Report on the bubonic plague in Bombay, 1896-1897
Year: 1896
Disease focus: Plague
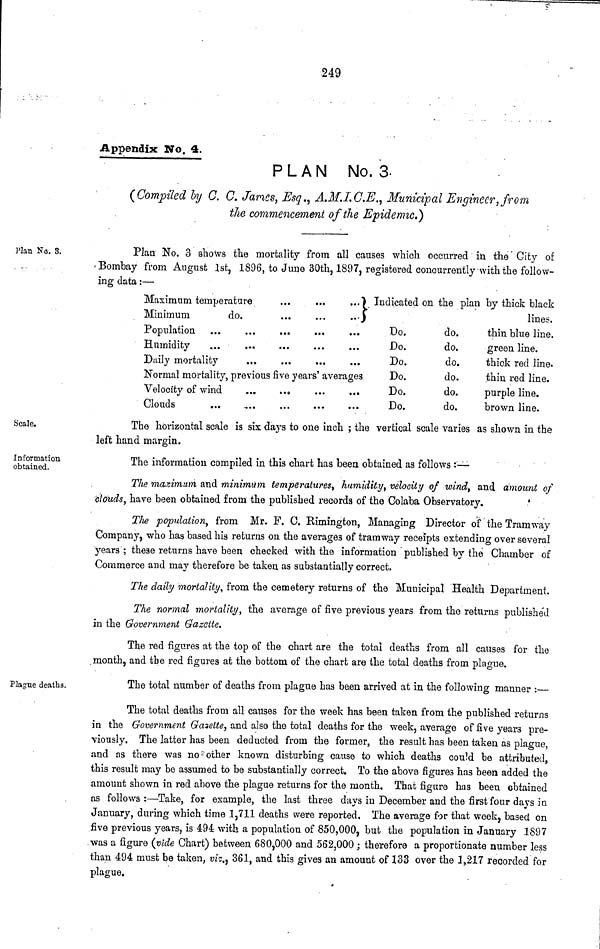
249
Appendix Wo. 4.
PLAN No. 3.
(Compiled by C. C. James, Esq., A.M.I. C.E., Municipal Engineer, from
the commencement of the Epidemic.)
Plan No. 8.
Plan No. 3 shows the mortality from all causes which occurred in the City of
Bomhay from August 1st, 1896, to June 30th, 1897, registered concurrently with the follow-
ing data :—
Maximum temperature
...
...
...
Minimum
do.
...
...
...
Population ... ... ... ... ...
Humidity ... ... ... ... ...
Normal mortality, previous five years' averages
Velocity of wind ... ... ... ...
Clouds ... ... ... ... ...
Indicated on the plan by thick black
lines.
Do.
Do.
Do.
Do.
Do.
Do.
do.
do.
do.
do.
do.
do.
thin blue line.
green line.
thick red line.
thin red line.
purple line.
brown line.
Scale.
The horizontal scale is six days to one inch ; the vertical scale varies as shown in the
left hand margin.
Information
obtained.
The information compiled in this chart has been obtained as follows :—
The maximum and minimum temperatures, humidity, velocity of wind, and amount of
clouds, have been obtained from the published records of the Colaba Observatory.
The population, from Mr. F. C. Rimington, Managing Director of the Tramway
Company, who has based his returns on the averages of tramway receipts extending over several
years; these returns have been checked with the information published by the Chamber of
Commerce and may therefore be taken as substantially correct.
The daily mortality, from the cemetery returns of the Municipal Health Department.
The normal mortality, the average of five previous years from the returns published
in the Government Gazette.
The red figures at the top of the chart are the total deaths from all causes for the
month, and the red figures at the bottom of the chart are the total deaths from plague.
Plague deaths.
The total number of deaths from plague has been arrived at in the following manner :—
The total deaths from all causes for the week has been taken from the published returns
in the Government Gazette, and also the total deaths for the week, average of five years pre-
viously. The latter has been deducted from the former, the result has been taken as plague,
and as there was no other known disturbing cause to which deaths could be attributed,
this result may be assumed to be substantially correct. To the above figures has been added the
amount shown in red above the plague returns for the month. That figure has been obtained
as follows :—Take, for example, the last three days in December and the first four days in
January, during which time 1,711 deaths were reported. The average for that week, based on
five previous years, is 494 with a population of 850,000, but the population in January 1897
was a figure (vide Chart) between 680,000 and 562,000 ; therefore a proportionate number less
than 494 must be taken, viz., 361, and this gives an amount of 133 over the 3,217 recorded for
plague.